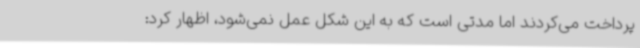
پرداخت می‌کردند اما مدتی است که به این شکل عمل نمی‌شود، اظهار کرد: